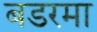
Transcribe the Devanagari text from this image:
बडरमा